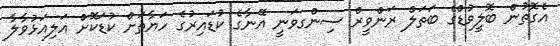
އެގޮތުން ބޮލީވުޑްގެ ބަތަލް ރަންވީރް ސިންގވަނީ އޭނާގެ ކުޑައިރުގެ ހަޔާތަށް ކުޑަކޮށް އަލިއަޅުވާލާ